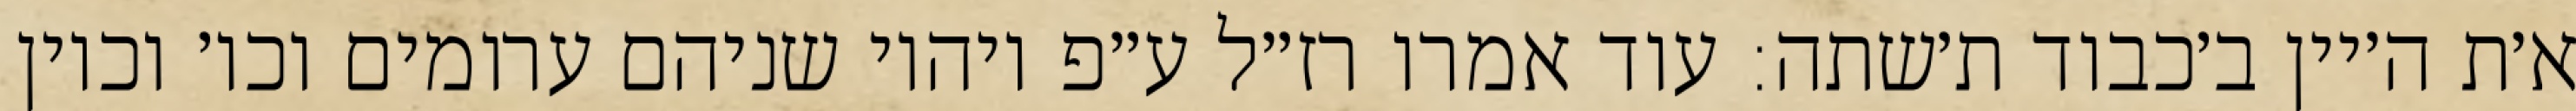
א׳ת ה׳יין ב׳כבוד ת׳שתה: עוד אמרו רז״ל ע״פ ויהיו שניהם ערומים וכו׳ וכיון